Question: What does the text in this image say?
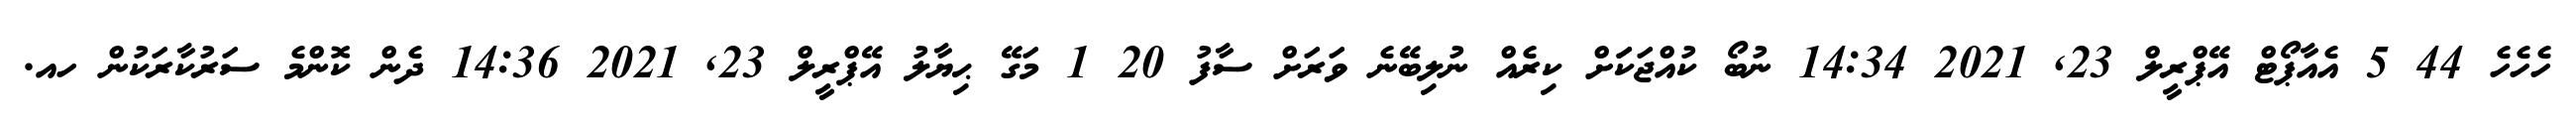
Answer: ހެހެހެ 44 5 އެއާޕޯޓް އޭޕްރީލް 23, 2021 14:34 ނުބޯ ކުއްޖަކަަށް ކިރެއް ނުލިބޭނެ ވަރަށް ސާފު 20 1 މަގޭ ޙިޔާލު އޭޕްރީލް 23, 2021 14:36 ދެން ކޮންމެ ސަރުކާރަކުން ހއ.